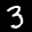
Label: 3